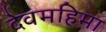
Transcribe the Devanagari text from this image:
देवमहिमा